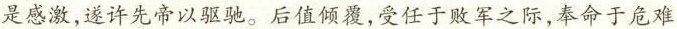
是感激，遂许先帝以驱驰。后值倾覆，受任于败军之际，奉命于危难